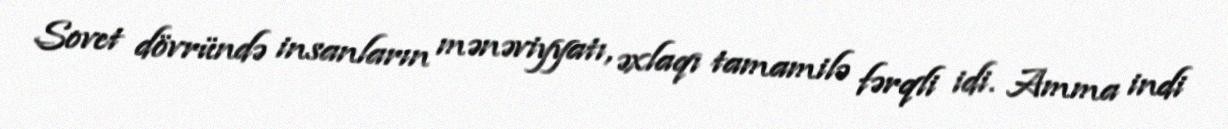
Sovet dövründə insanların mənəviyyatı, əxlaqı tamamilə fərqli idi. Amma indi